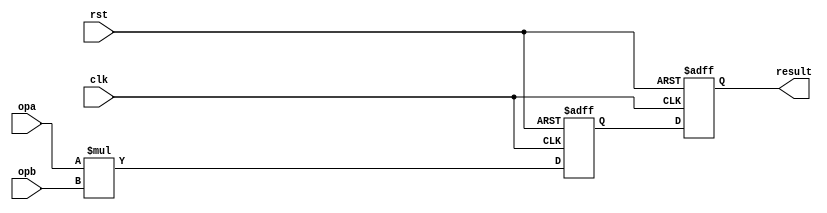
module pippo_mul32x32 (opa, opb, clk, rst, result);

input   [31:0]  opa;
input   [31:0]  opb;
input           clk;
input           rst;
output  [63:0]  result;

//
//
//
reg     [63:0]  s1;
reg     [63:0]  s2;
wire    [63:0]  result;

//
// 1st stage
//
always @(posedge clk or posedge rst) begin
    if (rst)
        s1 <= 64'd0;
    else
        s1 <= opa * opb;
end

//
// 2nd stage
//
always @(posedge clk or posedge rst) begin
    if (rst)
        s2 <= 64'd0;
    else
        s2 <= s1;
end

assign result = s2;

endmodule